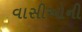
વાસીઓની